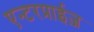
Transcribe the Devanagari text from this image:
एन्टरप्राईज़